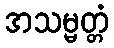
အသမ္မတ္တံ